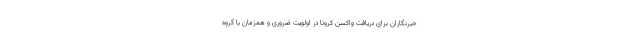
خبرنگاران برای دریافت واکسن کرونا در اولویت ضروری و همزمان با گروه